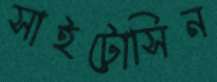
সাইটোসিন